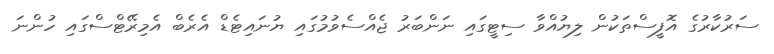
ސަރުކާރުގެ އޮފީސްތަކުން ލިޔުއްވާ ސިޓީގައި ނަންބަރު ޖެއްސެވުމުގައި ޔުނައިޓެޑް އެރެބް އެމިރޭޓްސްގައި ހުންނަ